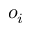
o _ { i }